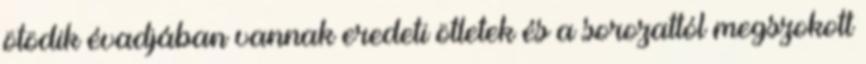
ötödik évadjában vannak eredeti ötletek és a sorozattól megszokott